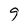
Character: 9